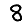
Digit: 8